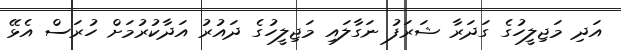
އަދި މަޖިލީހުގެ ގަދަރާ ޝަރަފު ނަގާލައި މަޖިލީހުގެ ދައުރު އަދާކުރުމަށް ހުރަސް އެޅޭ